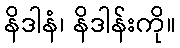
နိဒါနံ၊ နိဒါန်းကို။